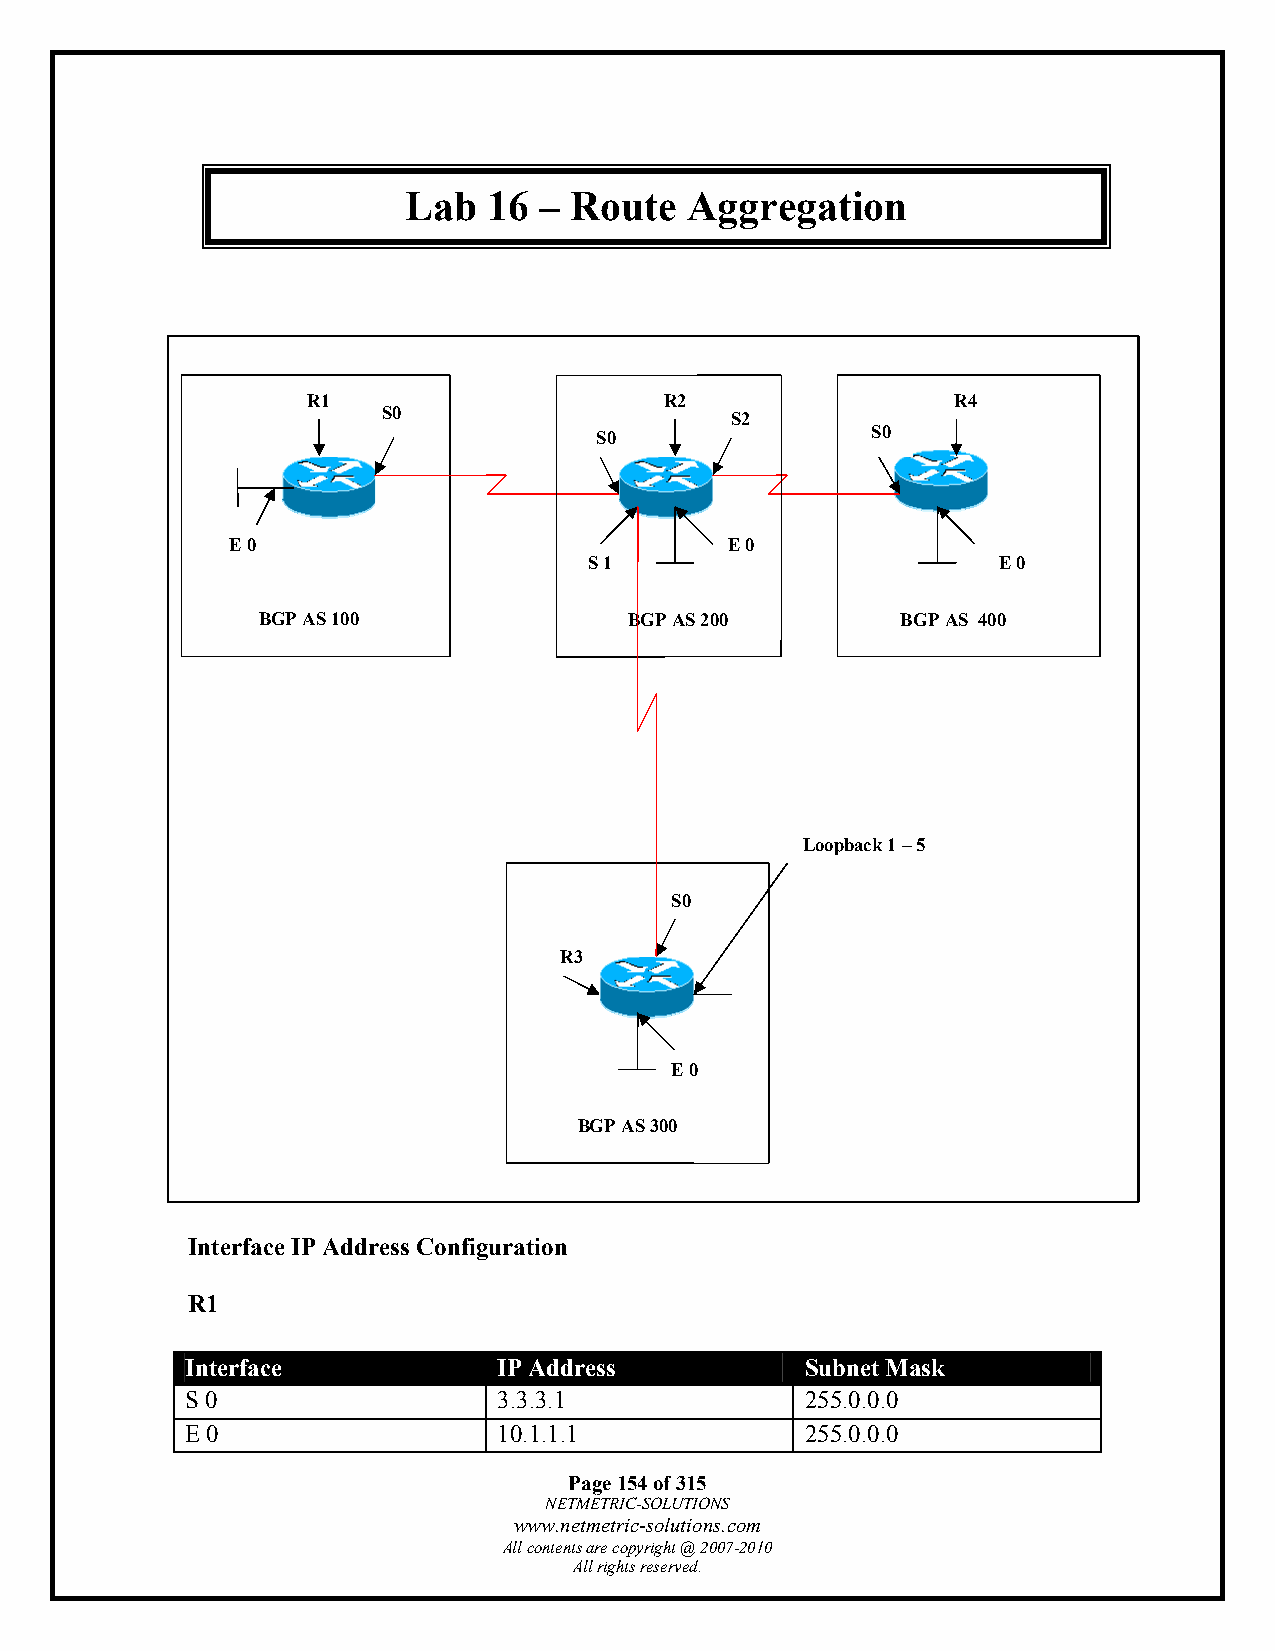
Lab  16  – Route   Aggregation
 R1                      R2                 R4
 S0                     S2
 S0                 S0
 E 0                              E 0
 S 1                        E 0
 BGP AS 100               BGP AS 200        BGP AS 400
 AS 100
 Loopback 1 – 5
 S0
 R3
 E 0
 BGP AS 300
 Interface IP Address Configuration
 R1
 Interface            IP Address          Subnet Mask
 S 0                  3.3.3.1             255.0.0.0
 E 0                  10.1.1.1            255.0.0.0
 Page 154 of 315
 NETMETRIC-SOLUTIONS
 www.netmetric-solutions.com
 All contents are copyright @ 2007-2010
 All rights reserved.